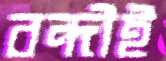
বন্দীই